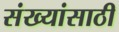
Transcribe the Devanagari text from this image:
संख्यांसाठी